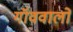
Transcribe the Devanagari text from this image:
गॉववालों